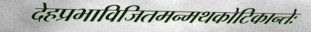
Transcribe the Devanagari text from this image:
देहप्रभाविजितमन्मथकोटिकान्तेः